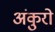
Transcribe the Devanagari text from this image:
अंकुरो